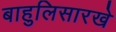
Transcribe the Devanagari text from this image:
बाहुलिसारखे